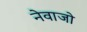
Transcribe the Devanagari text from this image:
नेवाजो